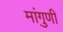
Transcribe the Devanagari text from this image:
मांगुणी